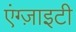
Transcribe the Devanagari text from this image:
एंग्ज़ाइटी